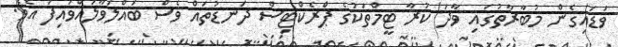
ވަޑައިގެން މުބާރާތުގައި ވާދަ ކުރާ ޓީމްތަކުގެ ޕްރެކްޓިސް ދަނޑުތައް ވެސް ބައްލަވާލައްވައިފަ އެވެ.